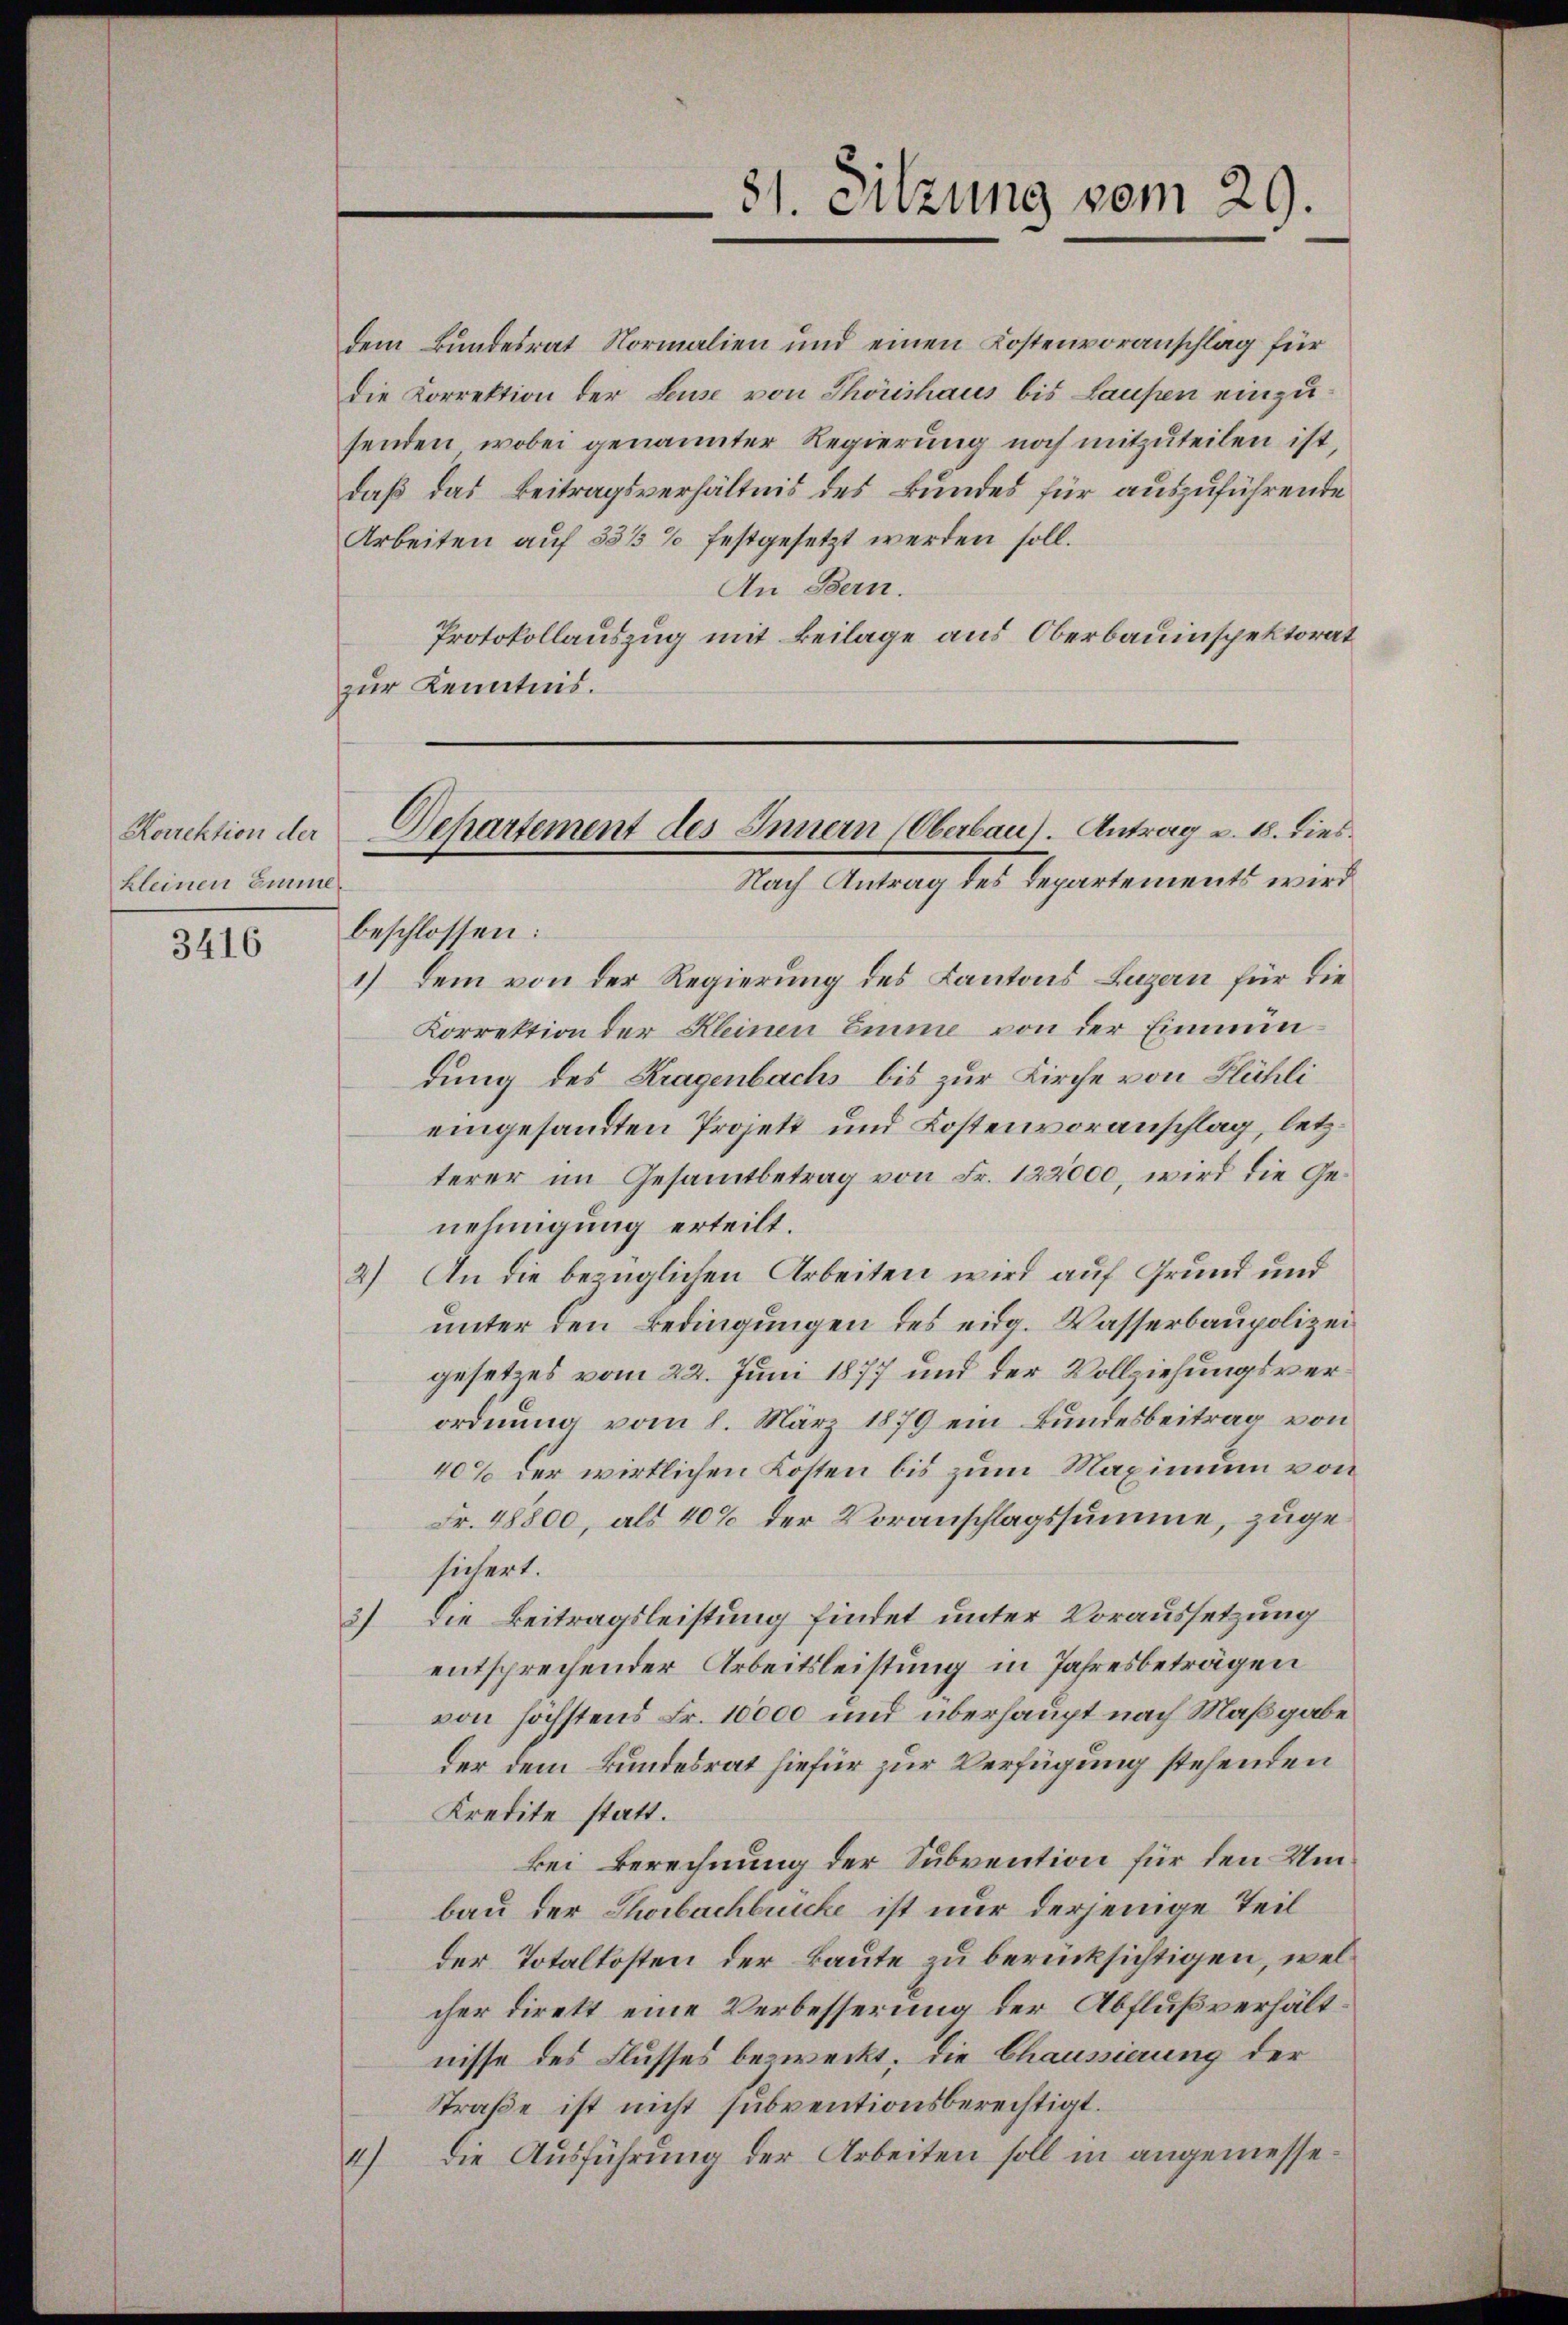
Rorrektion der
kleinen Emme¬

3416

dem Bundesrat Normalien und einen Kostenvoranschlag für
die Korrektion der Leuse von Thorishaus bis Laupen einzu-
senden, wobei genannter Regierung noch mitzuteilen ist,
daß das Beitragsverhältnis des Bundes für auszuführende
Arbeiten auf 58/3% festgesetzt werden soll.
An Bern.
Protokollauszug mit Beilage aus Oberbauinspektorat
zur Kenntnis.

1

81. Sitzung vom 29.

Departement des Innern (Oberbau). Antrag u. 18. Dies
Nach Antrag des Departements wird

beschlossen:
1) Dem von der Regierung des Kantons Luzern für die
Korrektion der Kleinen Eine von der Einmündung des Kragenbachs bis zur Kirche von Flühlieingesandten Projett und Kostenvoranschlag, letzterer im Gesamtbetrag von Fr. 122000, wird die Genehmigung erteilt.
An die bezüglichen Arbeiten wird auf Grund und
2)
unter den Bedingungen des eidg. Wasserbaupolizei
gesetzes vom 22. Juni 1877 und der Vollziehungsverordnung vom 1. März 1879 ein Bundesbeitrag von
40% der wirklichen Kosten bis zum Maximum von
Fr. 48800, als 40% der Voranschlagssumme, zugesichert.
Die Beitragsleistung findet unter Voraussetzung
h
entsprechender Arbeitsleistung in Jahresbeträgen
von höchstens Fr. 10000 und überhaupt nach Maßgabe
der dem Bundesrat hiefür zur Verfügung stehenden
Kredite statt.
kei Berechnung der Subvention für den Umbau der Thorbachbrücke ist nur derjenige Teil
der Totalkosten der Baute zu berücksichtigen, welcher direkt eine Verbesserung der Abflußverhältnisse des Flusses bezweckt, die Chaussierung der
Straße ist nicht subventionsberechtigt.
die Ausführung der Arbeiten soll in angemesse¬
2